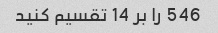
546 را بر 14 تقسیم کنید